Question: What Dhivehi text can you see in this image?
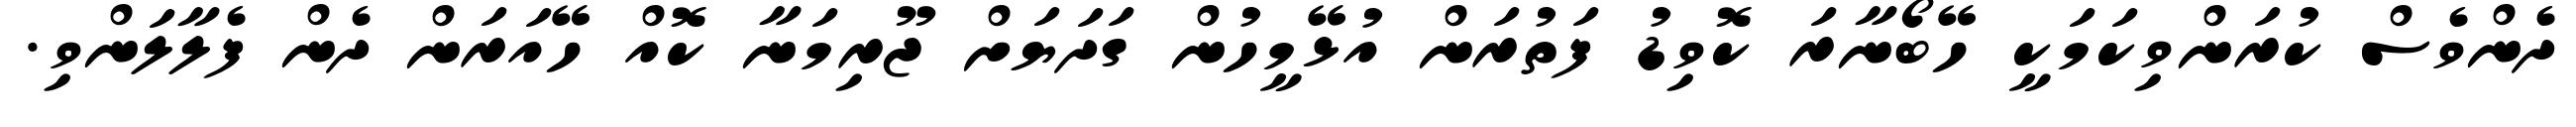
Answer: ދެންވެސް ކުރަންވިކަމަކީ ހޭބޯނާރަ ކޮވިޑު ފަތުރަން އުޅޭމީހުން ގަދަޔަށް ޖޫރިމަނާ ކޮއް ހޭއަރަން ދެން ފެލާލަންވި.